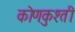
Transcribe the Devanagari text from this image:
कोणकुश्ती